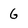
Character: 6